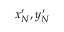
x _ { N } ^ { \prime } , y _ { N } ^ { \prime }